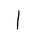
Letter: _alif